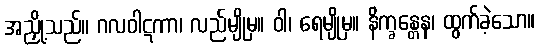
အညှို့သည်။ ဂလဝါဋကာ၊ လည်မျိုမှ။ ဝါ၊ ရေမျိုမှ။ နိက္ခန္တေန၊ ထွက်ခဲ့သော။